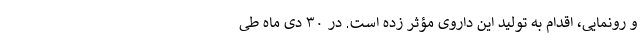
و رونمایی، اقدام به تولید این داروی مؤثر زده است. در ۳۰ دی ماه طی